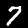
Label: 7